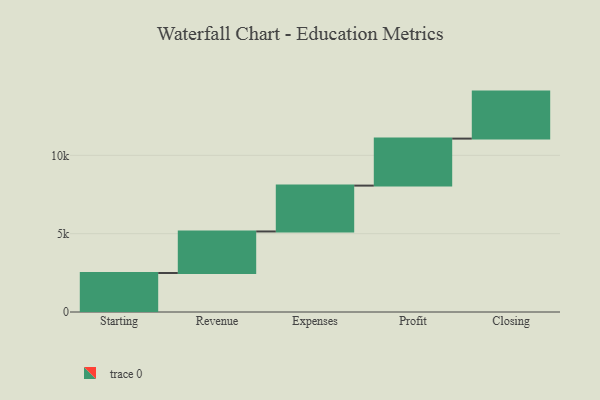
{"axis": {"x": "Step", "y": "Value"}, "legend": [""], "data": [{"x": "Starting", "y": 2489.0, "type": ""}, {"x": "Revenue", "y": 2652.0, "type": ""}, {"x": "Expenses", "y": 2927.0, "type": ""}, {"x": "Profit", "y": 3000, "type": ""}, {"x": "Closing", "y": 3000, "type": ""}]}